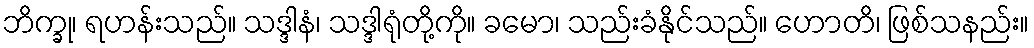
ဘိက္ခု၊ ရဟန်းသည်။ သဒ္ဒါနံ၊ သဒ္ဒါရုံတို့ကို။ ခမော၊ သည်းခံနိုင်သည်။ ဟောတိ၊ ဖြစ်သနည်း။